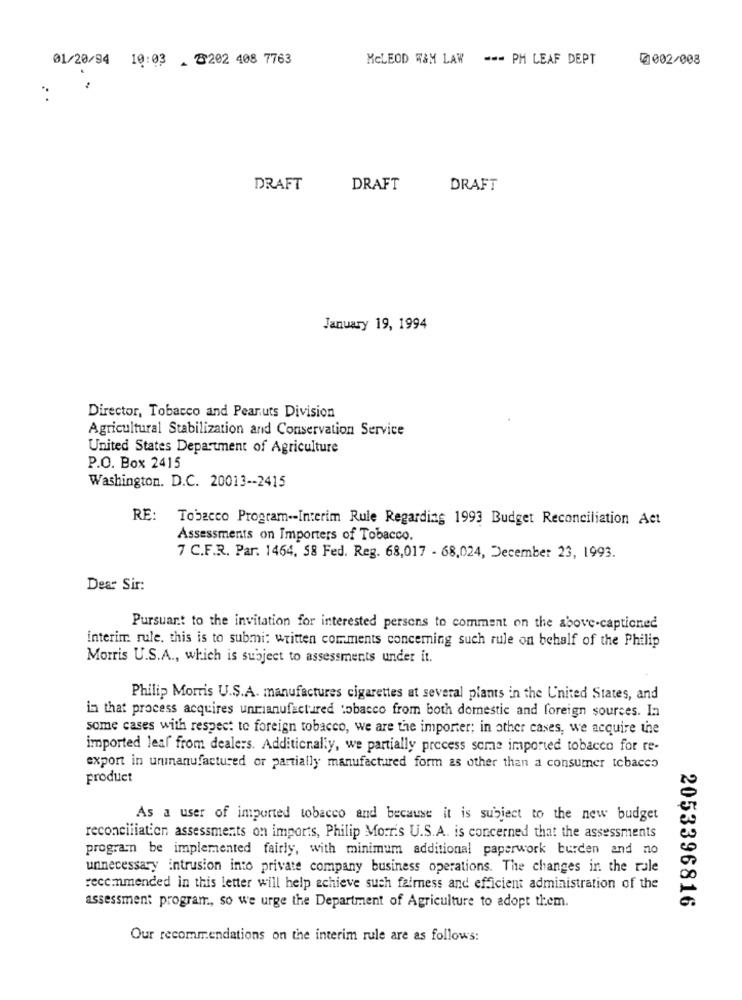
01/20/94 10:03 . 20202 408 7763
MCLEOD W&M LAW --- PH LEAF DEPT
0002/008
DRAFT
DRAFT
DRAFT
January 19, 1994
Director, Tobacco and Peanuts Division
Agricultural Stabilization and Conservation Service
United States Department of Agriculture
P.O. Box 2415
Washington. D.C. 20013 -- 2415
RE: Tobacco Program -- Interim Rule Regarding 1993 Budget Reconciliation Act
Assessments on Importers of Tobacco.
7 C.F.R. Par: 1464, 58 Fed. Reg. 68,017 - 68,024, December 23, 1993.
Dear Sir:
Pursuant to the invitation for interested persons to comment on the above-captioned
interim rule. this is to submit written comments concerning such rule on behalf of the Philip
Morris U.S.A ., which is subject to assessments under it.
Philip Morris U.S.A. manufactures cigarettes at several plants in the United States, and
in that process acquires unmanufactured tobacco from both domestic and foreign sources. In
some cases with respect to foreign tobacco, we are the importer; in other cases, we acquire the
imported leaf from dealers. Additionally, we partially process some imported tobacco for re-
export in unmanufactured or partially manufactured form as other than a consumer tobacco
product
As a user of imported tobacco and because it is subject to the new budget
reconciliation assessments on imports, Philip Morris U.S.A. is concerned that the assessments
program be implemented fairly, with minimum additional paperwork burden and no
unnecessary intrusion into private company business operations. The changes in the rale
recommended in this letter will help achieve such fairness and efficient administration of the
2053396816
assessment program, so we urge the Department of Agriculture to adopt them.
Our recommendations on the interim rule are as follows: